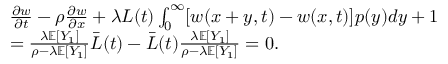
\begin{array} { r l } & { \frac { \partial w } { \partial t } - \rho \frac { \partial w } { \partial x } + \lambda L ( t ) \int _ { 0 } ^ { \infty } [ w ( x + y , t ) - w ( x , t ) ] p ( y ) d y + 1 } \\ & { = \frac { \lambda \mathbb { E } [ Y _ { 1 } ] } { \rho - \lambda \mathbb { E } [ Y _ { 1 } ] } \bar { L } ( t ) - \bar { L } ( t ) \frac { \lambda \mathbb { E } [ Y _ { 1 } ] } { \rho - \lambda \mathbb { E } [ Y _ { 1 } ] } = 0 . } \end{array}